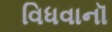
વિધવાનૉ